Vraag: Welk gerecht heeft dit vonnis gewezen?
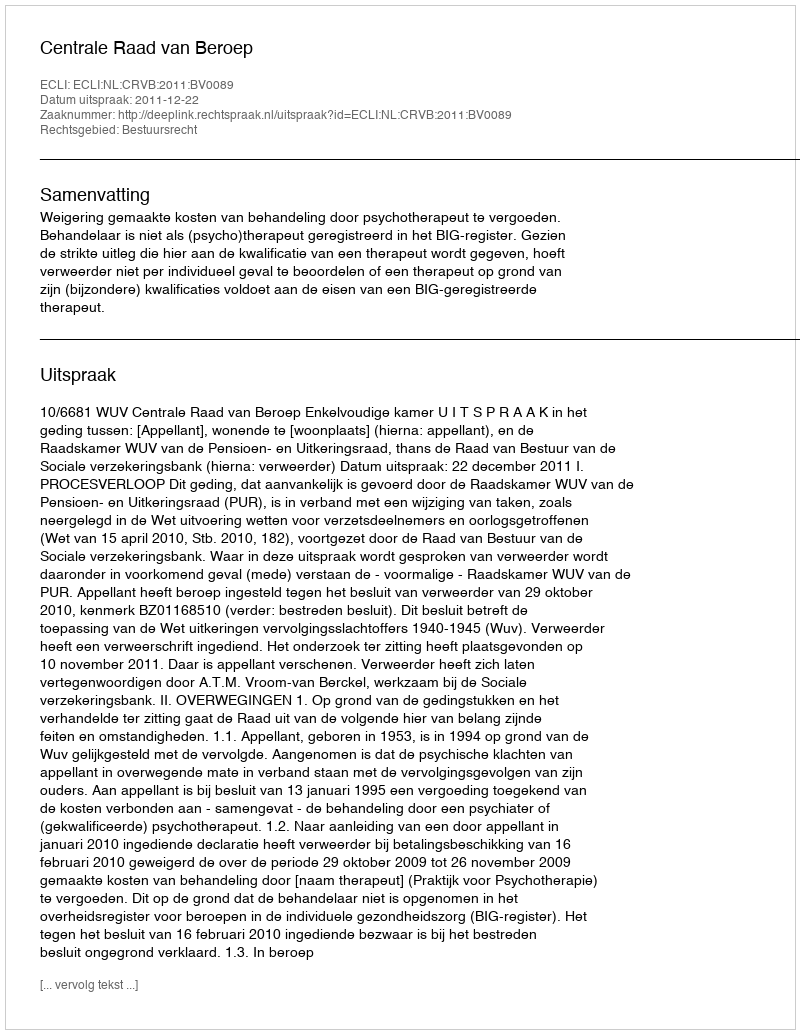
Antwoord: Centrale Raad van Beroep